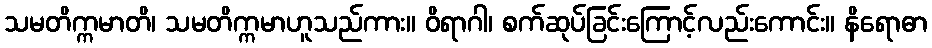
သမတိက္ကမာတိ၊ သမတိက္ကမာဟူသည်ကား။ ဝိရာဂါ၊ စက်ဆုပ်ခြင်းကြောင့်လည်းကောင်း။ နိရောဓာ